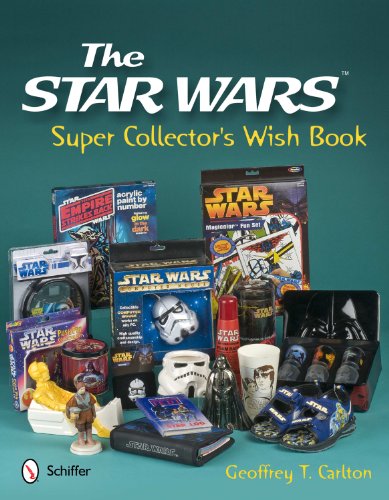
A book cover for The Star Wars Super Collector's Wish Book; Geoffrey T. Carlton; Humor & Entertainment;